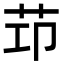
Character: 𦭎